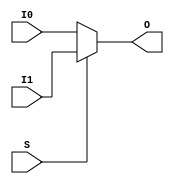
module MUXF8 (O, I0, I1, S);

    output O;
    reg    O;

    input  I0, I1, S;

	always @(I0 or I1 or S) 
            if (S)
		O = I1;
	    else
		O = I0;
endmodule